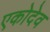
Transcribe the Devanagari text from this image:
एकोदेव